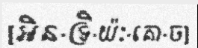
[អិន-ទ្រិ-យ៉ៈ-គោ-ច]